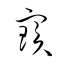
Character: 寶